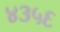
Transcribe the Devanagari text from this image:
४३५६